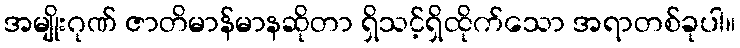
အမျိုးဂုဏ် ဇာတိမာန်မာနဆိုတာ ရှိသင့်ရှိထိုက်သော အရာတစ်ခုပါ။